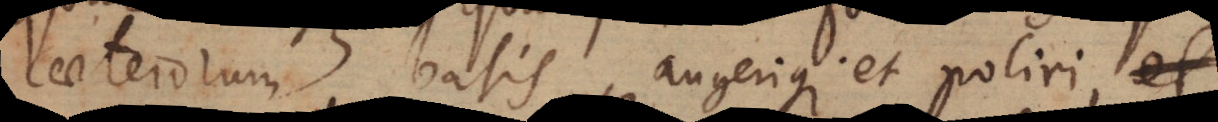
caeterorum basis, augerique et poliri et